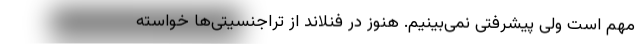
مهم است ولی پیشرفتی نمی‌بینیم. هنوز در فنلاند از تراجنسیتی‌ها خواسته